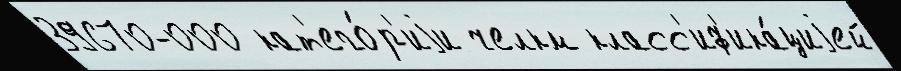
39670-000 кат'его́р'иjи челкм класс'иф'ика́циjей